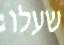
שעלו